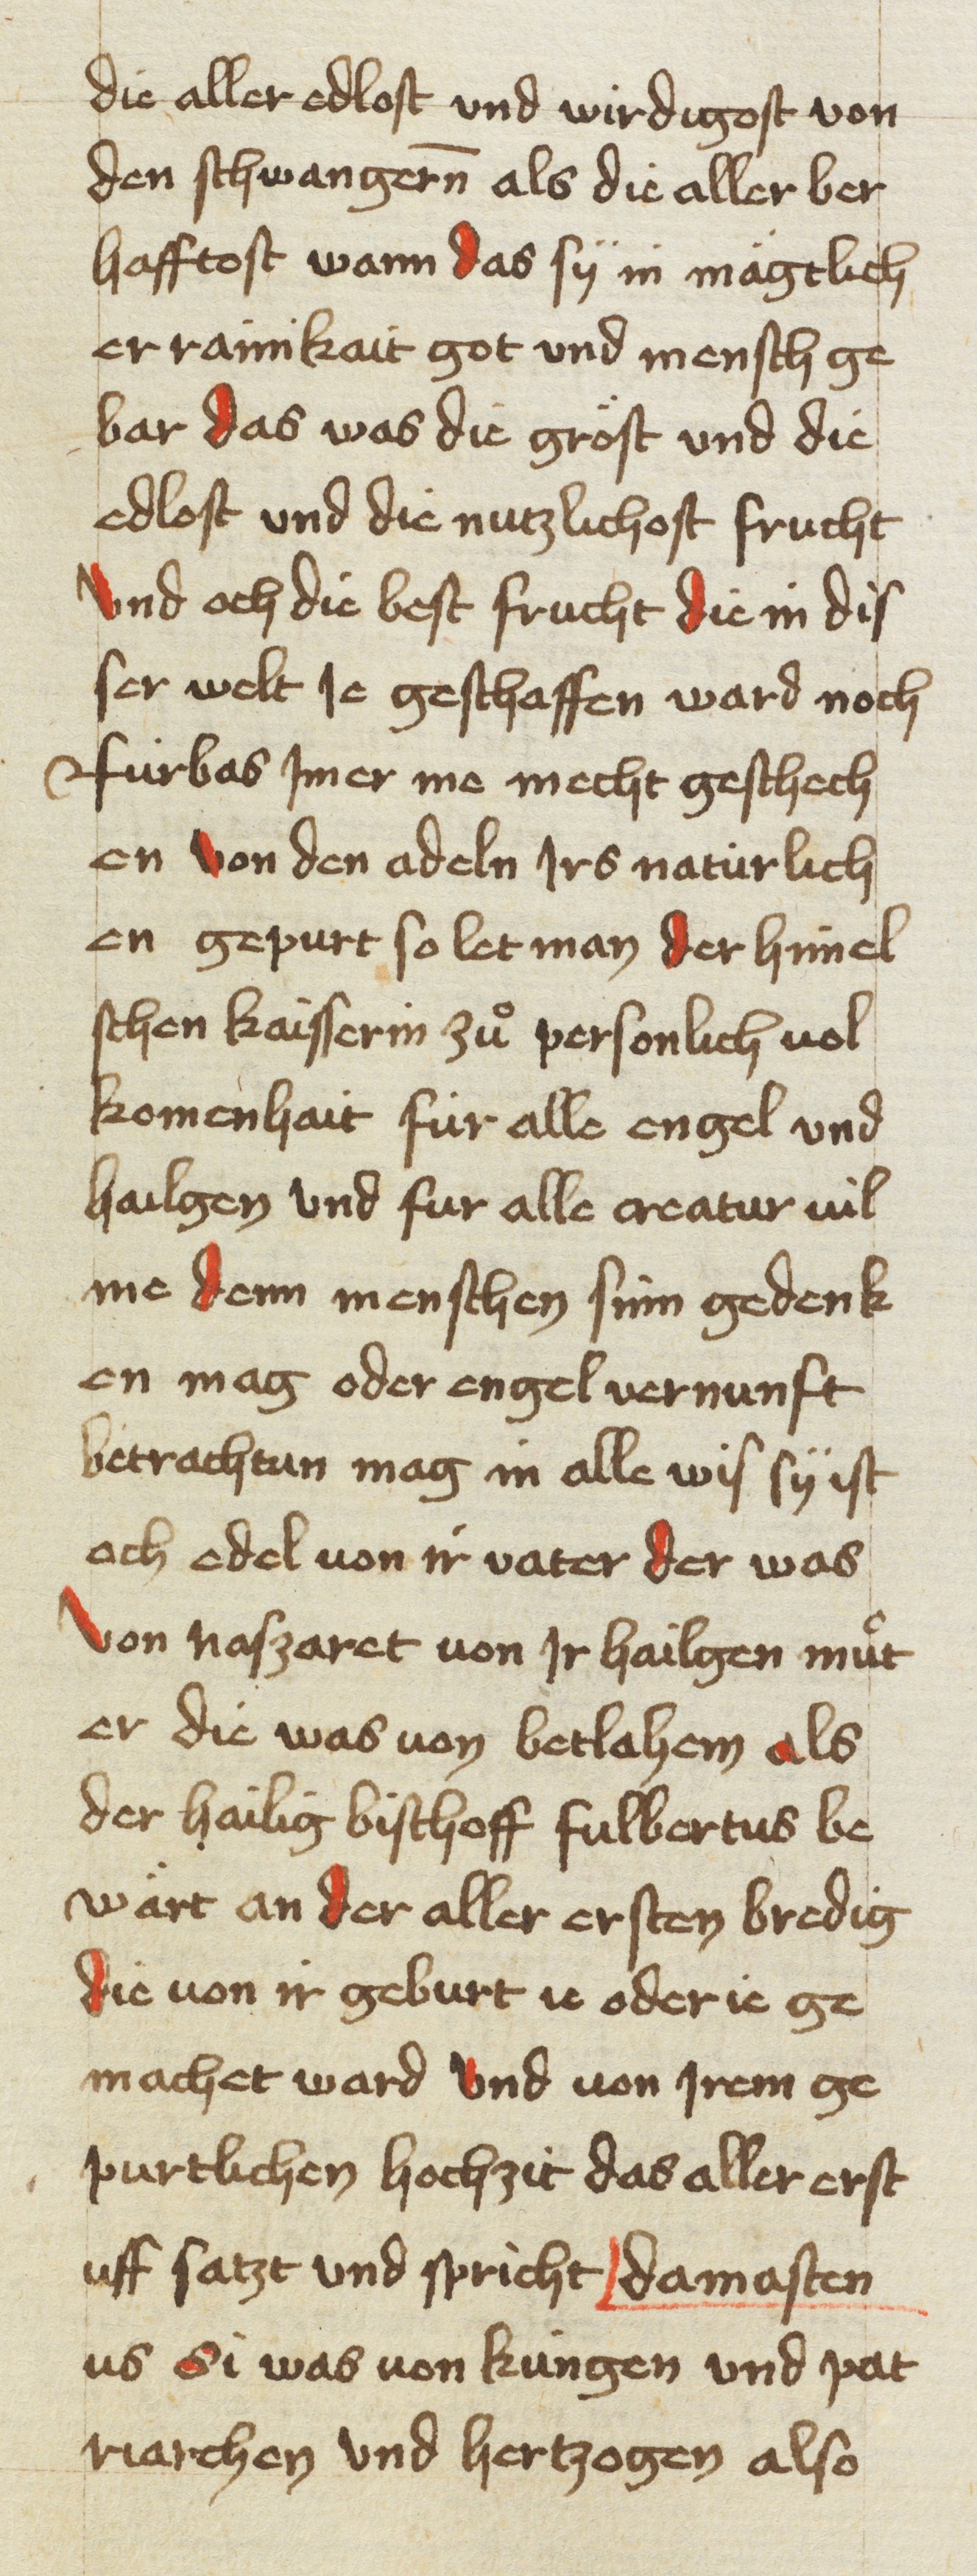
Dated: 1453–1454